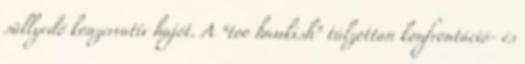
süllyedő konzervatív hajót. A “too hawkish” túlzottan konfrontáció- és